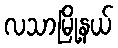
လသာမြို့နယ်